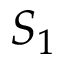
S _ { 1 }